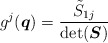
\begin{gather*} g^j(\boldsymbol{q})=\frac{ \tilde{S}_{1j}}{\det(\boldsymbol{S})}\end{gather*}